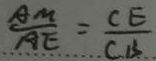
\frac { A M } { A E } = \frac { C E } { C B }